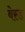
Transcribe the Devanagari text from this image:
बेस्‍ड